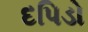
દપિડો